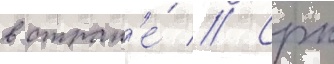
в стран'е́ // Срк